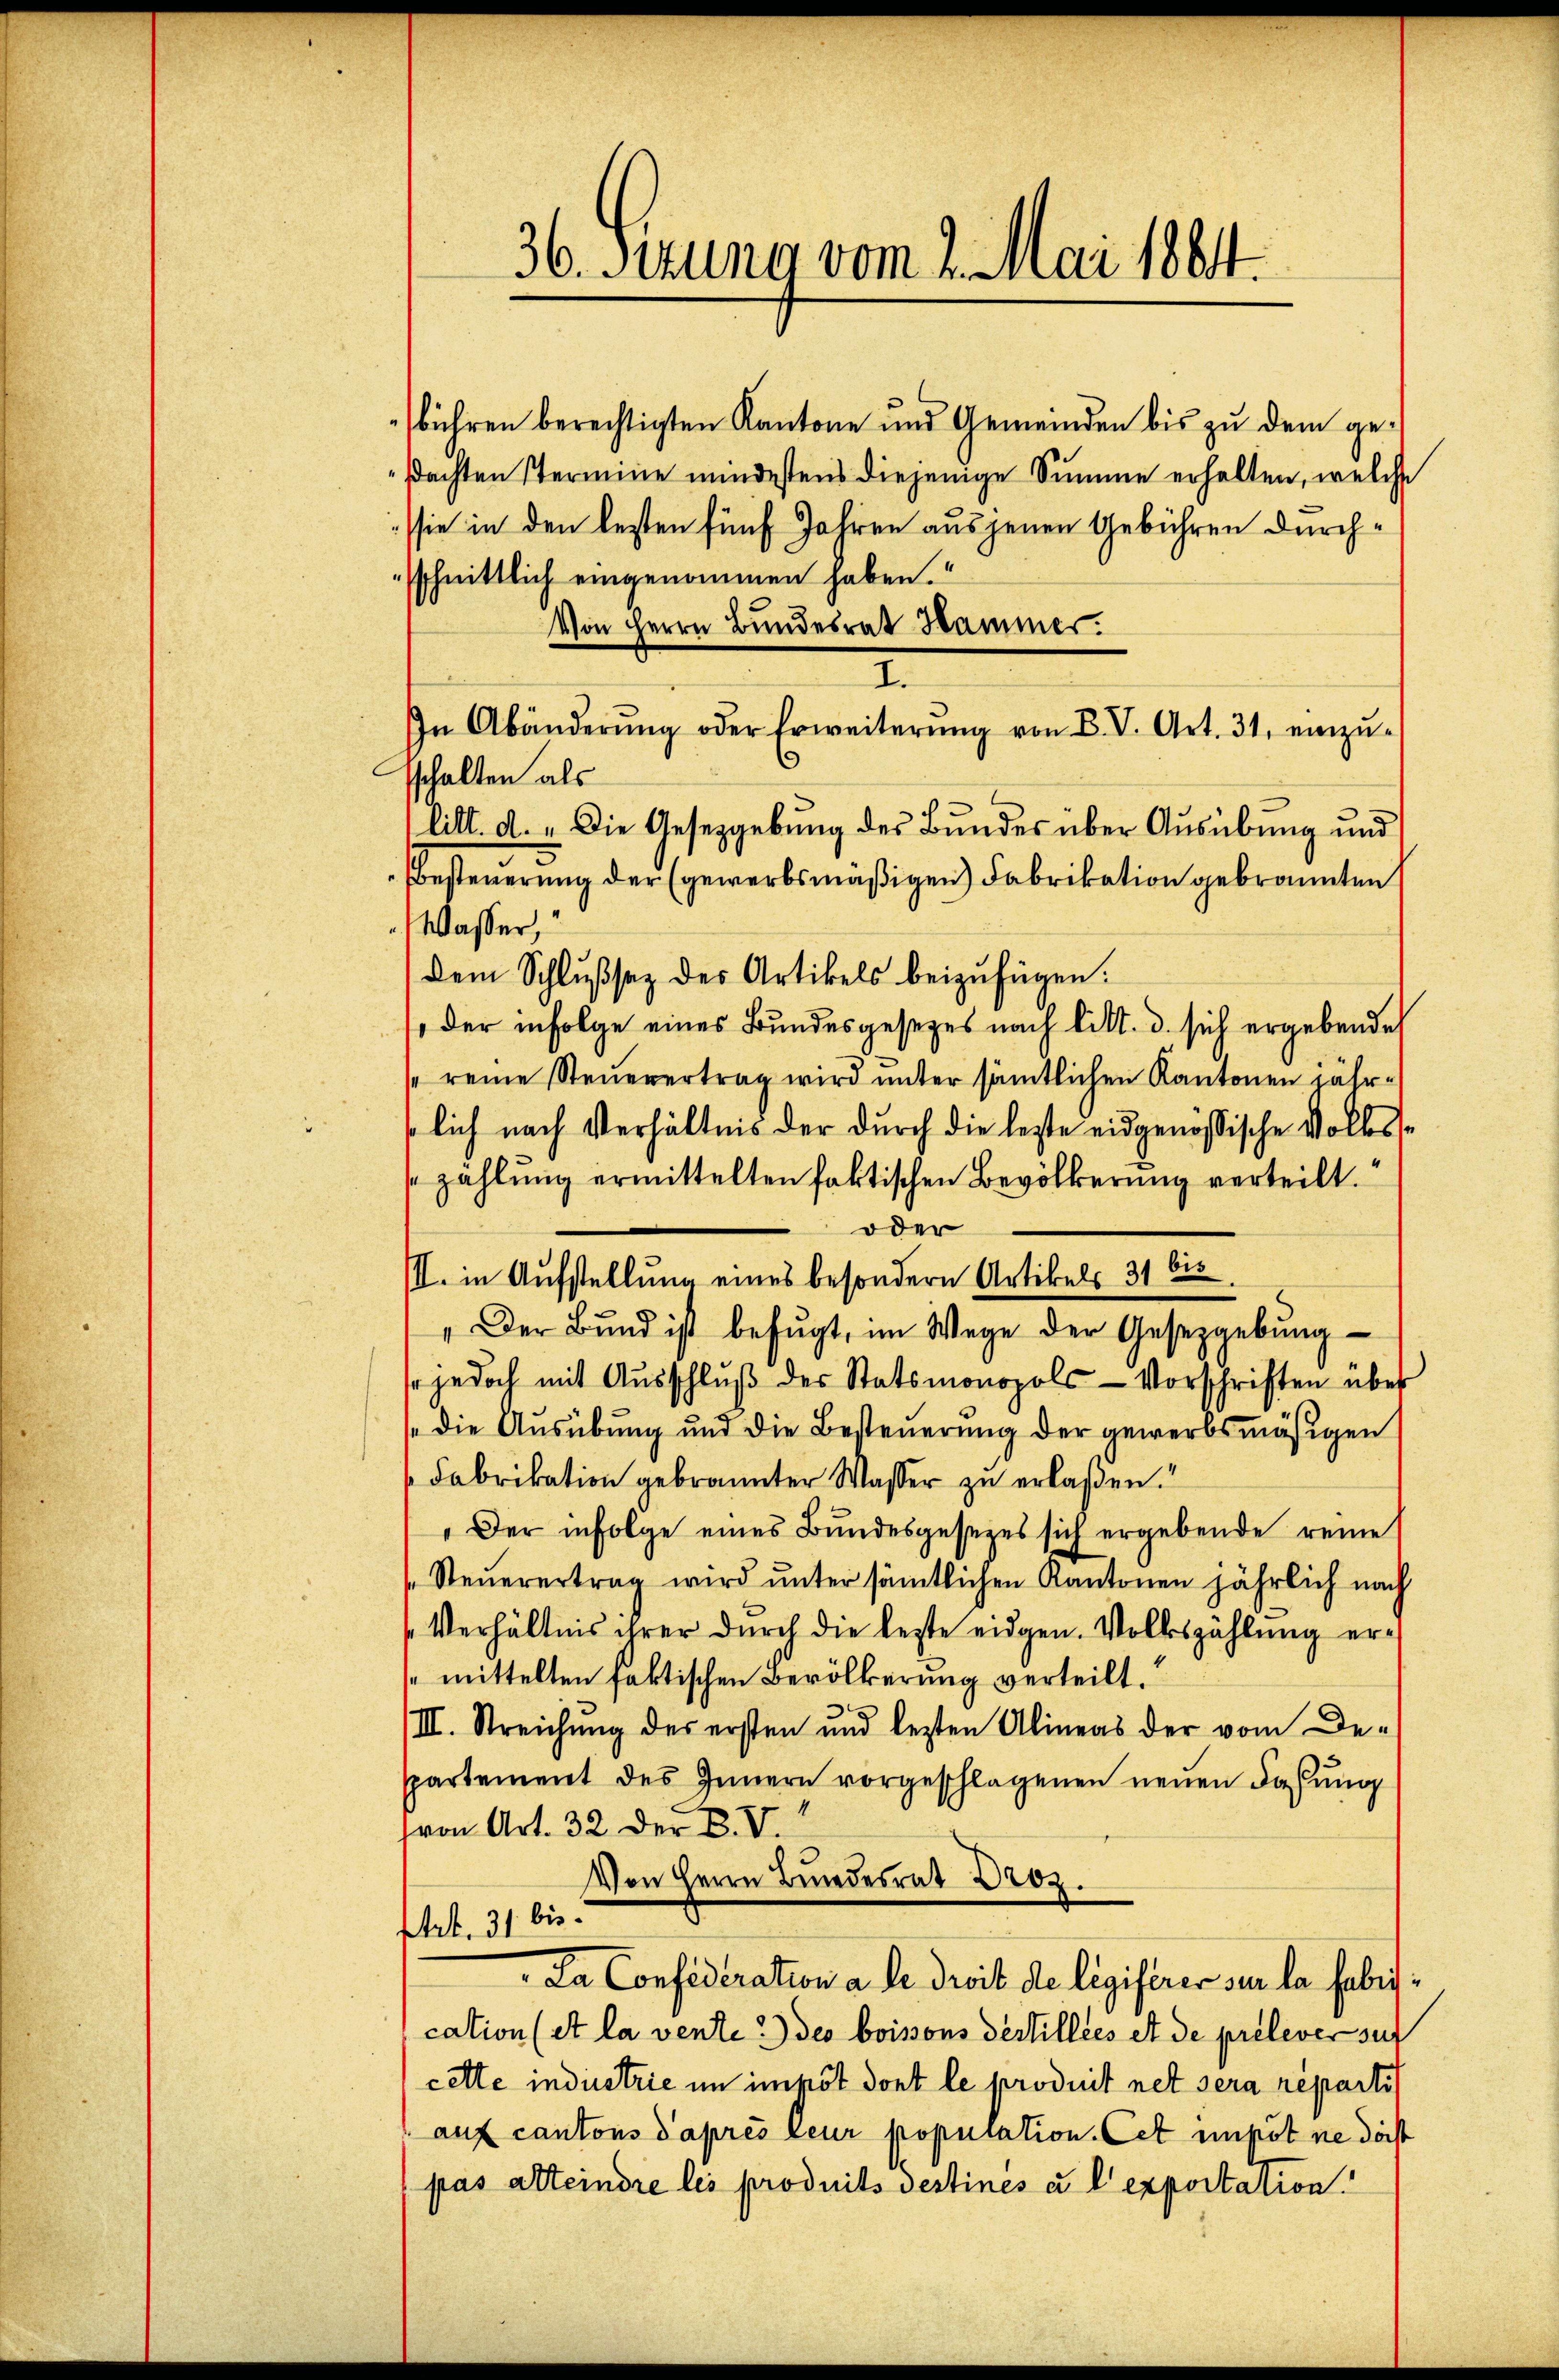
bühren berechtigten Kantone und Gemeinden bis zu dem gesachten stermine mindestens diejenige Summe erhalten, welche
sie in den besten fünf Jahren aus jenen Gebühren durchsschnittlich eingenommen haben.“
Von Herrn Bundesrat Hammer.
In Abänderŭng oder Erweiterŭng von B. V. Art. 31, einzŭ-
chalten als
litt. d. „Die Gesetzgebung des Bundes über Ausübung und
Besteuerung der (gewerbsmäßigen) Fabrikation gebrannten
Wasser,
dem Schlussez des Artikels beizufügen.
der infolge eines Bundesgesetzes nach litt. d. sich ergebende
reine Steuerertrag wird unter sämtlichen Kantonen jährlich nach Verhältnis der durch die lezte eidgenössische Volksszahlung ermittelten faktischen Bevölkerung verteilt.
oder
III. in Aufstellung eines besondern Artikels 31 bis
Der Bŭnd ist befŭgt, im Wege der Gesetzgebŭng
s jedoch mit Aŭsschlŭβ der Statsmonopols-Vorschriften über
se die Ausübung und die Besteŭerŭng der gewerbsmäßigen
Fabrikation gebrannter Wasser zu erlaßen.“
„Der infolge eines Bundesgesezes sich ergebende reine
Steuerertrag wird unter sämtlichen Kantonen jährlich nach
Verhältnis ihrer durch die lezte eidgen. Volkszählung ermittelten faktischen Bevölkerung verteilt.
/III. Streichung des ersten und lezten Alineas der vom De-
spartement des Innern vorgeschlagenen neuen Faßung
(von Art. 32. Der B. V.
Von Herrn Bundesrat Droz.
Art. 31 bis
La Confederation a Dr. droit de legiferer sur la fabrication (et la venten) des boissons destillées et de prelever sur
cette industrie im impôt dont le produit net sera répartis
auf cantons d’après leur poputation. Cet impot ne darst
pas alteindre les produits destinés a l exportation

36. Secuna vom 2. Mai 1884.

I.